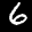
Label: 6